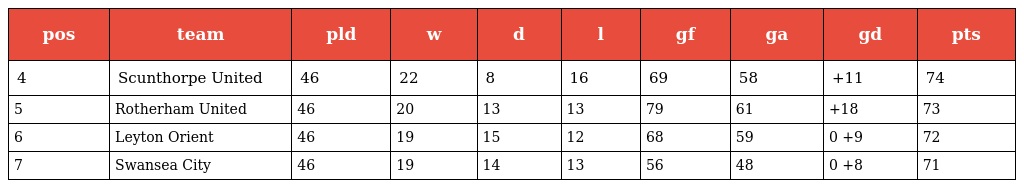
| pos | team | pld | w | d | l | gf | ga | gd | pts |
 | --- | --- | --- | --- | --- | --- | --- | --- | --- | --- |
 | 4 | Scunthorpe United | 46 | 22 | 8 | 16 | 69 | 58 | +11 | 74 |
 | 5 | Rotherham United | 46 | 20 | 13 | 13 | 79 | 61 | +18 | 73 |
 | 6 | Leyton Orient | 46 | 19 | 15 | 12 | 68 | 59 | 0 +9 | 72 |
 | 7 | Swansea City | 46 | 19 | 14 | 13 | 56 | 48 | 0 +8 | 71 |